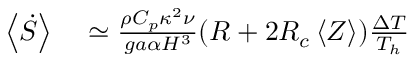
\begin{array} { r l } { \left< \dot { S } \right> } & { { } \simeq \frac { \rho C _ { p } \kappa ^ { 2 } \nu } { g a \alpha H ^ { 3 } } ( R + 2 R _ { c } \left< Z \right> ) \frac { \Delta T } { T _ { h } } } \end{array}